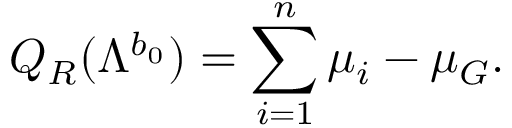
Q _ { R } ( \Lambda ^ { b _ { 0 } } ) = \sum _ { i = 1 } ^ { n } \mu _ { i } - \mu _ { G } .